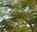
બબડી